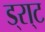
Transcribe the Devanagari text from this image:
ड्रा्ट